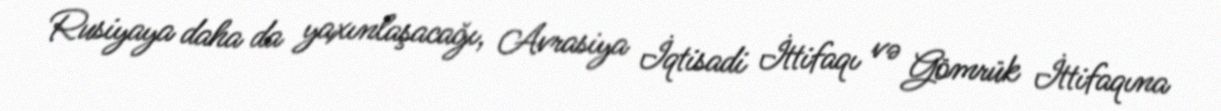
Rusiyaya daha da yaxınlaşacağı, Avrasiya İqtisadi İttifaqı və Gömrük İttifaqına